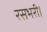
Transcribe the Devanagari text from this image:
रसभरी।